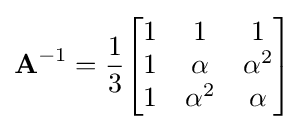
{\textbf {A}}^{-1}={\frac {1}{3}}{\begin{bmatrix}1&1&1\\1&\alpha &\alpha ^{2}\\1&\alpha ^{2}&\alpha \end{bmatrix}}